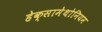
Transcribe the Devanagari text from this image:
हेक्सामेथोनियम